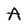
Character: A